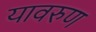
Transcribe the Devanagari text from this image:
यावरुण